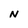
Character: N